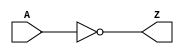
module not_1in_v (
  input A,
  output Z
  );

  not(Z, A);

endmodule // not_1in_v